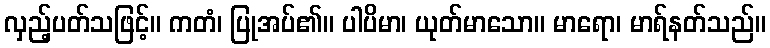
လှည့်ပတ်သဖြင့်။ ကတံ၊ ပြုအပ်၏။ ပါပိမာ၊ ယုတ်မာသော။ မာရော၊ မာရ်နတ်သည်။